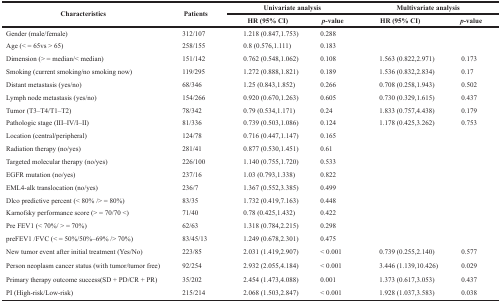
<table><thead><tr><td rowspan="2"><b>Characteristics</b></td><td rowspan="2"><b>Patients</b></td><td colspan="2"><b>Univariate analysis</b></td><td colspan="2"><b>Multivariate analysis</b></td></tr><tr><td><b>HR (95% CI)</b></td><td><b><i>p</i>-value</b></td><td><b>HR (95% CI)</b></td><td><b><i>p</i>-value</b></td></tr></thead><tbody><tr><td>Gender (male/female)</td><td>312/107</td><td>1.218 (0.847,1.753)</td><td>0.288</td><td></td><td></td></tr><tr><td>Age (&lt; = 65vs &gt; 65)</td><td>258/155</td><td>0.8 (0.576,1.111)</td><td>0.183</td><td></td><td></td></tr><tr><td>Dimension (&gt; = median/&lt; median)</td><td>151/142</td><td>0.762 (0.548,1.062)</td><td>0.108</td><td>1.563 (0.822,2.971)</td><td>0.173</td></tr><tr><td>Smoking (current smoking/no smoking now)</td><td>119/295</td><td>1.272 (0.888,1.821)</td><td>0.189</td><td>1.536 (0.832,2.834)</td><td>0.17</td></tr><tr><td>Distant metastasis (yes/no)</td><td>68/346</td><td>1.25 (0.843,1.852)</td><td>0.266</td><td>0.708 (0.258,1.943)</td><td>0.502</td></tr><tr><td>Lymph node metastasis (yes/no)</td><td>154/266</td><td>0.920 (0.670,1.263)</td><td>0.605</td><td>0.730 (0.329,1.615)</td><td>0.437</td></tr><tr><td>Tumor (T3–T4/T1–T2)</td><td>78/342</td><td>0.79 (0.534,1.171)</td><td>0.24</td><td>1.833 (0.757,4.438)</td><td>0.179</td></tr><tr><td>Pathologic stage (III–IV/I–II)</td><td>81/336</td><td>0.739 (0.503,1.086)</td><td>0.124</td><td>1.178 (0.425,3.262)</td><td>0.753</td></tr><tr><td>Location (central/peripheral)</td><td>124/78</td><td>0.716 (0.447,1.147)</td><td>0.165</td><td></td><td></td></tr><tr><td>Radiation therapy (no/yes)</td><td>281/41</td><td>0.877 (0.530,1.451)</td><td>0.61</td><td></td><td></td></tr><tr><td>Targeted molecular therapy (no/yes)</td><td>226/100</td><td>1.140 (0.755,1.720)</td><td>0.533</td><td></td><td></td></tr><tr><td>EGFR mutation (no/yes)</td><td>237/16</td><td>1.03 (0.793,1.338)</td><td>0.822</td><td></td><td></td></tr><tr><td>EML4-alk translocation (no/yes)</td><td>236/7</td><td>1.367 (0.552,3.385)</td><td>0.499</td><td></td><td></td></tr><tr><td>Dlco predictive percent (&lt; 80% /&gt; = 80%)</td><td>83/35</td><td>1.732 (0.419,7.163)</td><td>0.448</td><td></td><td></td></tr><tr><td>Karnofsky performance score (&gt; = 70/70 &lt;)</td><td>71/40</td><td>0.78 (0.425,1.432)</td><td>0.422</td><td></td><td></td></tr><tr><td>Pre FEV1 (&lt; 70%/ &gt; = 70%)</td><td>62/63</td><td>1.318 (0.784,2.215)</td><td>0.298</td><td></td><td></td></tr><tr><td>preFEV1 /FVC (&lt; = 50%/50%–69% /&gt; 70%)</td><td>83/45/13</td><td>1.249 (0.678,2.301)</td><td>0.475</td><td></td><td></td></tr><tr><td>New tumor event after initial treatment (Yes/No)</td><td>223/85</td><td>2.031 (1.419,2.907)</td><td>&lt; 0.001</td><td>0.739 (0.255,2.140)</td><td>0.577</td></tr><tr><td>Person neoplasm cancer status (with tumor/tumor free)</td><td>92/254</td><td>2.932 (2.055,4.184)</td><td>&lt; 0.001</td><td>3.446 (1.139,10.426)</td><td>0.029</td></tr><tr><td>Primary therapy outcome success(SD + PD/CR + PR)</td><td>35/202</td><td>2.454 (1.473,4.088)</td><td>0.001</td><td>1.373 (0.617,3.053)</td><td>0.437</td></tr><tr><td>PI (High-risk/Low-risk)</td><td>215/214</td><td>2.068 (1.503,2.847)</td><td>&lt; 0.001</td><td>1.928 (1.037,3.583)</td><td>0.038</td></tr></tbody></table>